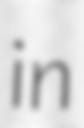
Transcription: in